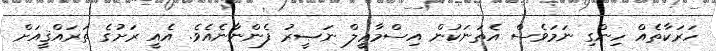
ހަރަކާތެއް ހިންގި ނަމަވެސް އެތަނަކުން އިސްމާޢީލް ނަޞީރު ފެންނާނެއެވެ. އެއީ ރަށުގެ ތަރައްޤީއަށް